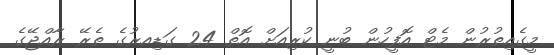
މީގެއިތުރުން މެޓް އޮފީހުން ބުނީ ކުރިއަށް އޮތް 24 ގަޑިއރުގެ ތެރޭ ރާއްޖޭގެ